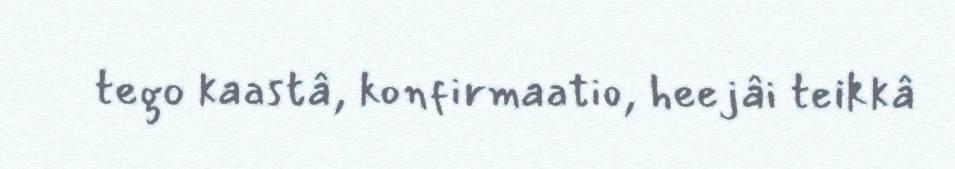
tego kaastâ, konfirmaatio, heejâi teikkâ